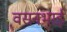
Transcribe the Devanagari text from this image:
वसनभाई